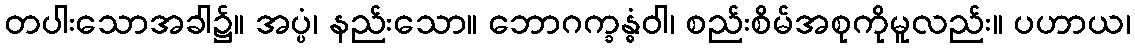
တပါးသောအခါ၌။ အပ္ပံ၊ နည်းသော။ ဘောဂက္ခန္ဓံဝါ၊ စည်းစိမ်အစုကိုမူလည်း။ ပဟာယ၊